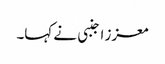
معزز اجنبی نے کہا۔